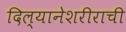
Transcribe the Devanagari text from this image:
दिल्यानेशरीराची